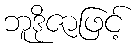
ဘူဒိုဇာဖြင့်